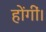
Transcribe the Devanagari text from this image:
होंगीं।